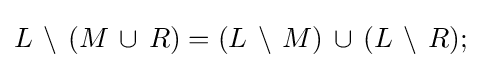
L\,\setminus \,(M\,\cup \,R)=(L\,\setminus \,M)\,\cup \,(L\,\setminus \,R);